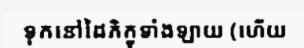
ទុកនៅដៃភិក្ខុទាំងឡាយ (ហើយ